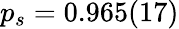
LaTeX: p_{s}=0.965(17)